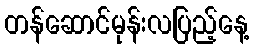
တန်ဆောင်မုန်းလပြည့်နေ့